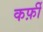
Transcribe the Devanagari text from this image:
कर्फ़ी